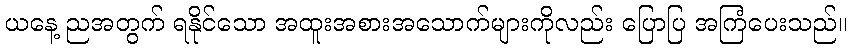
ယနေ့ ညအတွက် ရနိုင်သော အထူးအစားအသောက်များကိုလည်း ပြောပြ အကြံပေးသည်။